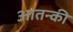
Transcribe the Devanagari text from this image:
आतन्की